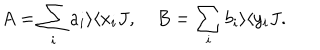
LaTeX: A = \sum _ { i } a _ { i } \rangle \langle x _ { i } J , B = \sum _ { i } b _ { i } \rangle \langle y _ { i } J .